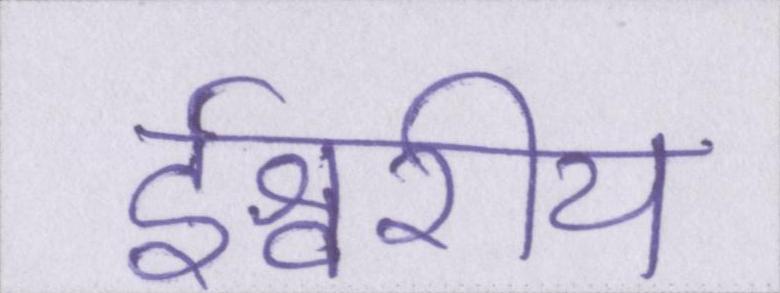
ईश्वरीय